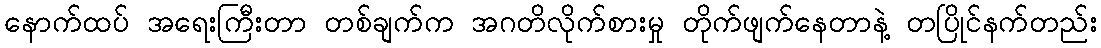
နောက်ထပ် အရေးကြီးတာ တစ်ချက်က အဂတိလိုက်စားမှု တိုက်ဖျက်နေတာနဲ့ တပြိုင်နက်တည်း